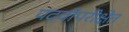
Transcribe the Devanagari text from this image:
पदवीपरीक्षेत